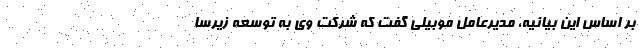
بر اساس این بیانیه، مدیرعامل موبیلی گفت که شرکت وی به توسعه زیرسا